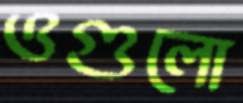
ওগুলো